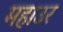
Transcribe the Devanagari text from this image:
महाउर